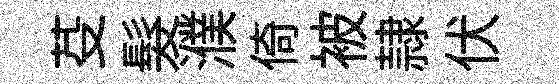
芟髮濮倚被隷伏